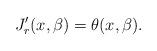
LaTeX: \begin{align*}J_r'(x,\beta)=\theta(x,\beta).\end{align*}